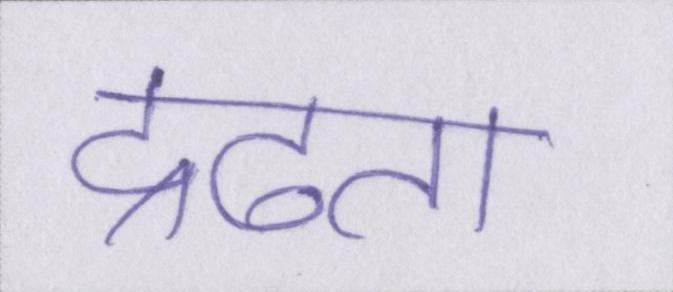
द्रढता